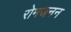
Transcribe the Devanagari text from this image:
रोमजनन